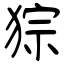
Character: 猔